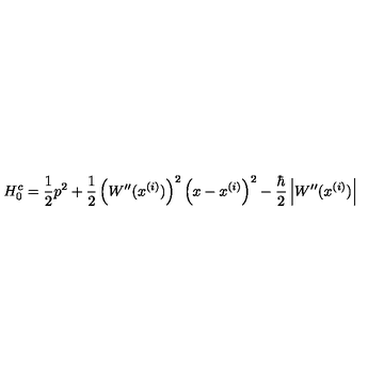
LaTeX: H _ { 0 } ^ { c } = \frac { 1 } { 2 } p ^ { 2 } + \frac { 1 } { 2 } \left( W ^ { \prime \prime } ( x ^ { ( i ) } ) \right) ^ { 2 } \left( x - x ^ { ( i ) } \right) ^ { 2 } - \frac { \hbar } { 2 } \left| W ^ { \prime \prime } ( x ^ { ( i ) } ) \right|